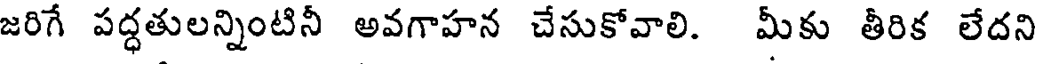
జరిగే పద్ధతులన్నింటినీ అవగాహన చేసుకోవాలి. మీకు తీరిక లేదని